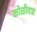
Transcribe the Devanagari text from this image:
कोळीवाड